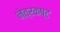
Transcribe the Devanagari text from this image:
नेत्रकष्ट